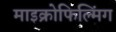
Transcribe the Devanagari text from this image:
माइक्रोफिल्मिंग